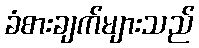
ခံစားချက်များသည်